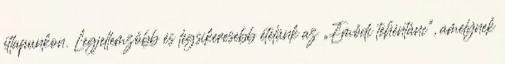
étlapunkon. Legjellemzőbb és legsikeresebb ételünk az „Emődi tehéntánc”, amelynek